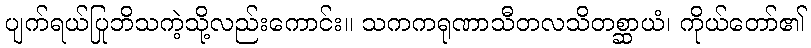
ပျက်ရယ်ပြုဘိသကဲ့သို့လည်းကောင်း။ သကကရုဏာသီတလသိတစ္ဆာယံ၊ ကိုယ်တော်၏